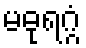
မဓုရဂ္ဂံ